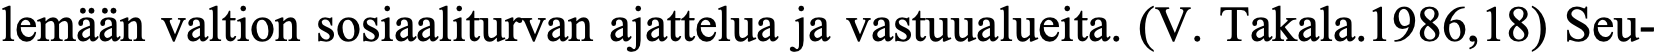
lemään valtion sosiaaliturvan ajattelua ja vastuualueita. (V. Takala.1986,18) Seu-